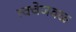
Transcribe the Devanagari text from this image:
त्वचेजवळ